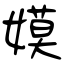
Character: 嫫